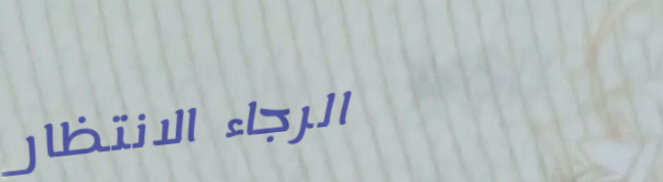
الرجاء الانتظار